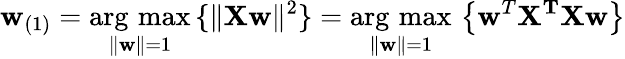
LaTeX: \mathbf{w}_{(1)}={\underset{\Vert\mathbf{w}\Vert=1}{\operatorname{\arg\, max}}}\, \{ \Vert\mathbf{Xw}\Vert^{2}\} ={\underset{\Vert\mathbf{w}\Vert=1}{\operatorname{\arg\, max}}}\, \left\{ \mathbf{w}^{T}\mathbf{X^{T}}\mathbf{Xw}\right\}